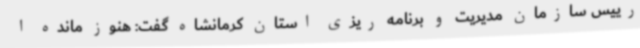
رییس سازمان مدیریت و برنامه ریزی استان کرمانشاه گفت: هنوز مانده ا